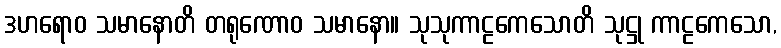
ဒဟရောဝ သမာနောတိ တရုဏောဝ သမာနော။ သုသုကာဠကေသောတိ သုဋ္ဌု ကာဠကေသော,